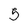
Character: 5